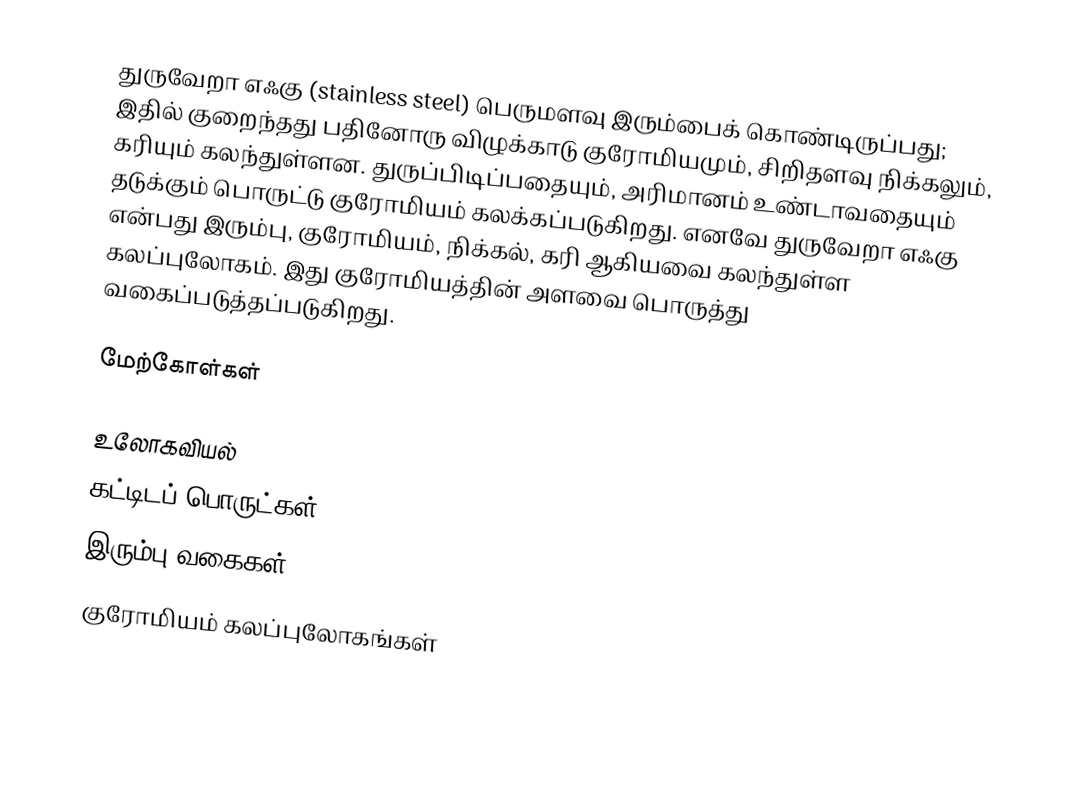
துருவேறா எஃகு (stainless steel) பெருமளவு இரும்பைக் கொண்டிருப்பது; இதில் குறைந்தது பதினோரு விழுக்காடு குரோமியமும், சிறிதளவு நிக்கலும், கரியும் கலந்துள்ளன. துருப்பிடிப்பதையும், அரிமானம் உண்டாவதையும் தடுக்கும் பொருட்டு குரோமியம் கலக்கப்படுகிறது. எனவே துருவேறா எஃகு என்பது இரும்பு, குரோமியம், நிக்கல், கரி ஆகியவை கலந்துள்ள கலப்புலோகம். இது குரோமியத்தின் அளவை பொருத்து வகைப்படுத்தப்படுகிறது.

மேற்கோள்கள்

உலோகவியல்
கட்டிடப் பொருட்கள்
இரும்பு வகைகள்
குரோமியம் கலப்புலோகங்கள்